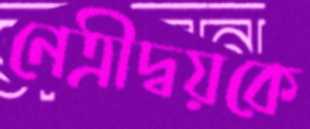
নেত্রীদ্বয়কে